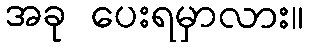
အခု ပေးရမှာလား။